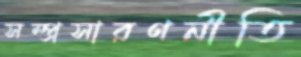
সম্প্রসারণনীতি